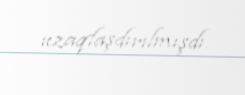
uzaqlaşdırılmışdı.